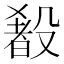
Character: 𬆰